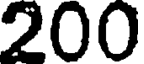
200